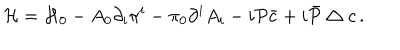
{ \cal H } = { \cal H } _ { 0 } - A _ { 0 } \partial _ { i } \pi ^ { i } - \pi _ { 0 } \partial ^ { i } A _ { i } - i { \cal P } \bar { c } + i \bar { \cal P } \bigtriangleup c \, .